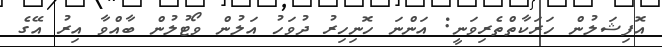
އޮފިޝަލުން ހަރަކާތްތެރިވަނީ: އަންނަ ހޮނިހިރު ދުވަހު އަލުން ވޯޓުލުން ބާއްވާ އިރު އޭގެ